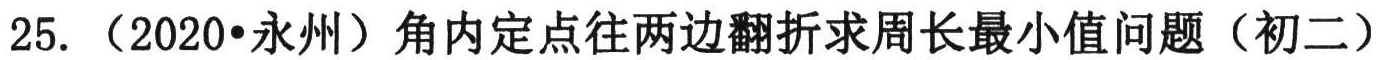
25. （2020•永州）角内定点往两边翻折求周长最小值问题（初二）